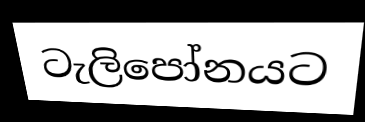
ටැලිපෝනයට